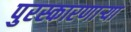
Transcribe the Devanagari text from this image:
पुरस्कारणाऱ्या